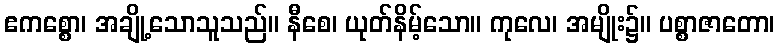
ဧကစ္စော၊ အချို့သောသူသည်။ နီစေ၊ ယုတ်နိမ့်သော။ ကုလေ၊ အမျိုး၌။ ပစ္စာဇာတော၊